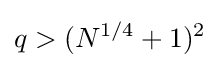
q>(N^{1/4}+1)^{2}